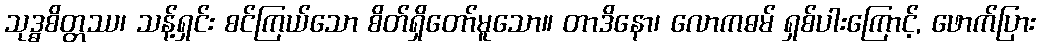
သုဒ္ဓစိတ္တဿ၊ သန့်ရှင်း စင်ကြယ်သော စိတ်ရှိတော်မူသော။ တာဒိနော၊ လောကဓမ် ရှစ်ပါးကြောင့်, ဖောက်ပြား